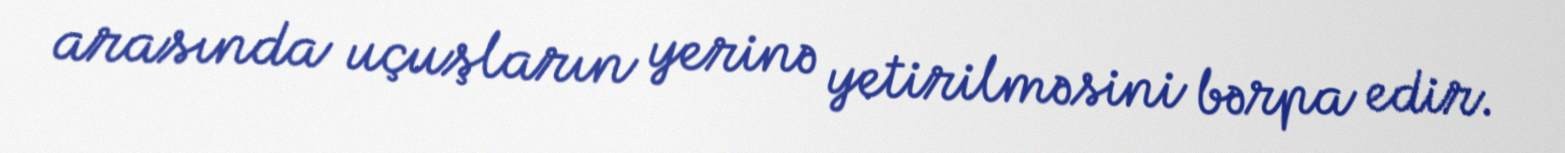
arasında uçuşların yerinə yetirilməsini bərpa edir.